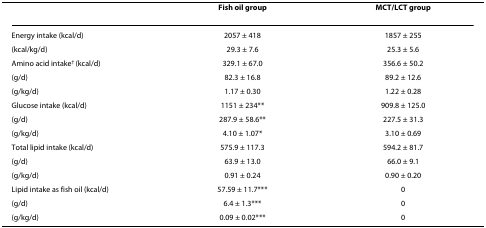
|  | Fish oil group | MCT/LCT group |
 | --- | --- | --- |
 | Energy intake (kcal/d) | 2057 ± 418 | 1857 ± 255 |
 | (kcal/kg/d) | 29.3 ± 7.6 | 25.3 ± 5.6 |
 | Amino acid intake† (kcal/d) | 329.1 ± 67.0 | 356.6 ± 50.2 |
 | (g/d) | 82.3 ± 16.8 | 89.2 ± 12.6 |
 | (g/kg/d) | 1.17 ± 0.30 | 1.22 ± 0.28 |
 | Glucose intake (kcal/d) | 1151 ± 234** | 909.8 ± 125.0 |
 | (g/d) | 287.9 ± 58.6** | 227.5 ± 31.3 |
 | (g/kg/d) | 4.10 ± 1.07* | 3.10 ± 0.69 |
 | Total lipid intake (kcal/d) | 575.9 ± 117.3 | 594.2 ± 81.7 |
 | (g/d) | 63.9 ± 13.0 | 66.0 ± 9.1 |
 | (g/kg/d) | 0.91 ± 0.24 | 0.90 ± 0.20 |
 | Lipid intake as fish oil (kcal/d) | 57.59 ± 11.7*** | 0 |
 | (g/d) | 6.4 ± 1.3*** | 0 |
 | (g/kg/d) | 0.09 ± 0.02*** | 0 |